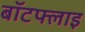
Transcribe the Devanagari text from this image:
बॉटफ्लाइ